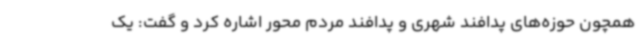
همچون حوزه‌های پدافند شهری و پدافند مردم محور اشاره کرد و گفت: یک